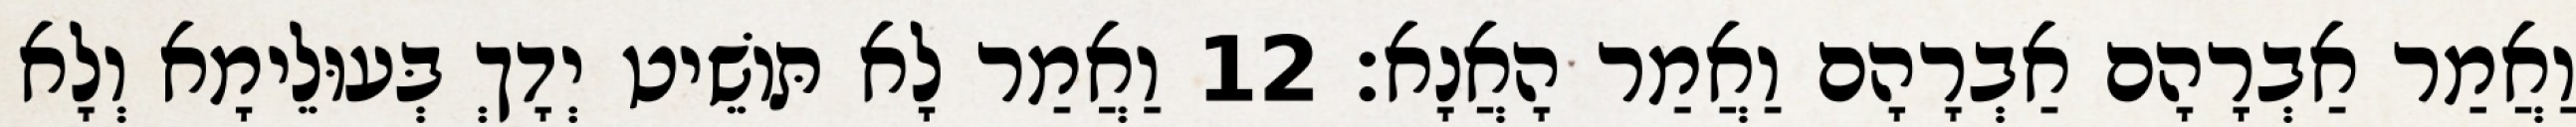
וַאֲמַר אַבְרָהָם אַבְרָהָם וַאֲמַר הָאֲנָא׃ 12 וַאֲמַר לָא תּוֹשֵׁיט יְדָךְ בְּעוּלֵימָא וְלָא